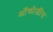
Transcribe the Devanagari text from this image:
ओंकोजींस